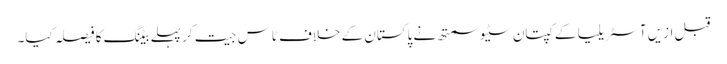
قبل ازیں آسٹریلیا کے کپتان سٹیو سمتھ نے پاکستان کے خلاف ٹاس جیت کر پہلے بیٹنگ کا فیصلہ کیا۔